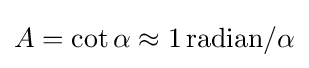
A=\cot \alpha \approx 1\,{\textrm {radian}}/\alpha